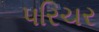
પરિચર